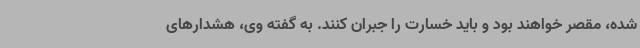
شده، مقصر خواهند بود و باید خسارت را جبران کنند. به گفته وی، هشدارهای